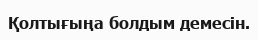
Қолтығыңа болдым демесін.